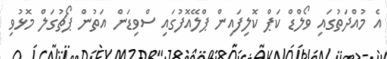
އެ މުއްދަތުގައި ވޯލްޑް ކަޕް ކޮލިފައިން ޕްލޭއޮފުގައި ސްވިޑަން އަތުން ޕޯޗުގަލް މޮޅުވި